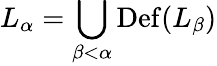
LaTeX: L_{\alpha}=\bigcup_{\beta<\alpha}\operatorname{Def}(L_{\beta})